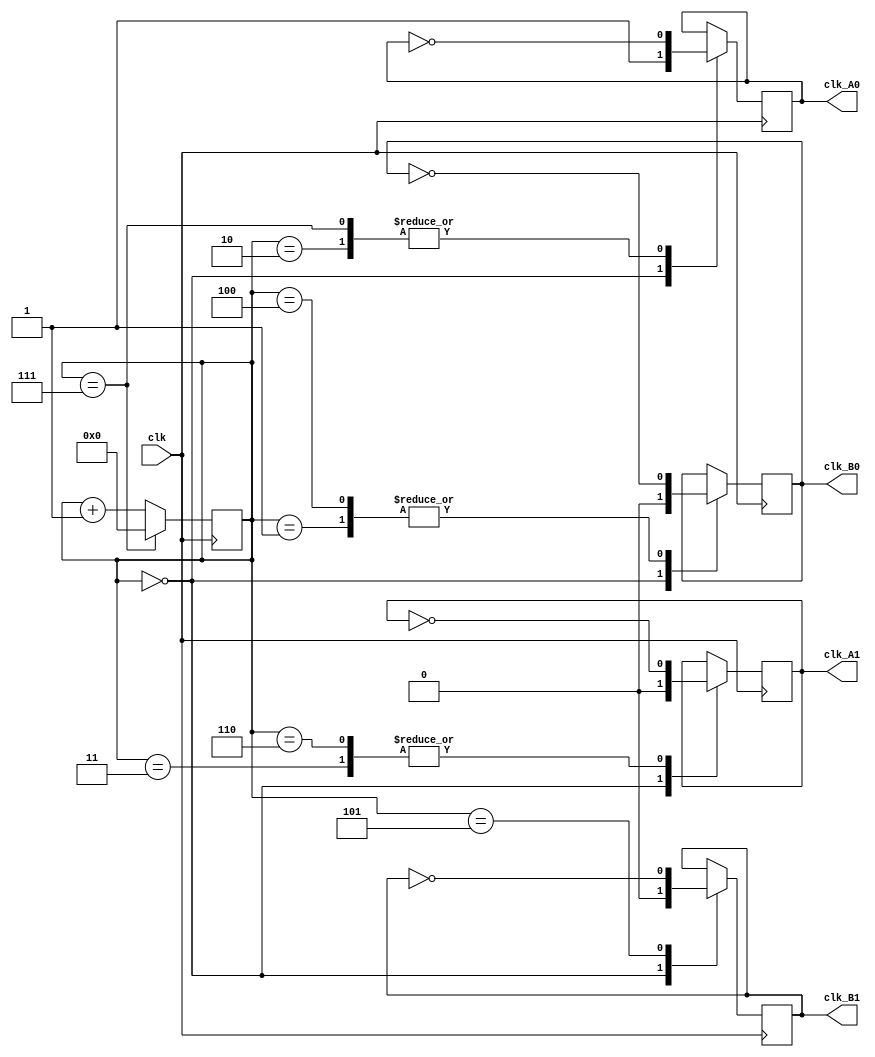
module step_motor(clk,clk_A0,clk_A1,clk_B0,clk_B1);//module
input clk;//
output reg clk_A0,clk_A1,clk_B0,clk_B1;//A+,A-,B+,B-

parameter step_max=8;//
reg[3:0]step;//4bit

always@(posedge clk)//
begin
	step<=0;
	if(step==step_max-1)
	begin
		step<=0;//
	end
	else
	begin
		step<=step+1;//
	end
end
//1 1 0 0 0 0 0 1
always@(posedge clk)//clk_A0(A+)
begin
	case(step)
	3'b000:clk_A0<=1;
	3'b010:clk_A0<=!clk_A0;
	3'b111:clk_A0<=!clk_A0;
	default:clk_A0<=clk_A0;
	endcase
end
//0 0 0 1 1 1 0 0
always@(posedge clk)//clk_A1(A-)
begin
	case(step)
	3'b000:clk_A1<=0;
	3'b011:clk_A1<=!clk_A1;
	3'b110:clk_A1<=!clk_A1;
	default:clk_A1<=clk_A1;
	endcase
end
//0 1 1 1 0 0 0 0
always@(posedge clk)//clk_B0(B+)
begin
	case(step)
	3'b000:clk_B0<=0;
	3'b001:clk_B0<=!clk_B0;
	3'b100:clk_B0<=!clk_B0;
	default:clk_B0<=clk_B0;
	endcase
end
//0 0 0 0 0 1 1 1
always@(posedge clk)//clk_B1(B-)
begin
	case(step)
	3'b000:clk_B1<=0;
	3'b101:clk_B1<=!clk_B1;
	default:clk_B1<=clk_B1;
	endcase
end
endmodule